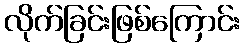
လိုက်ခြင်းဖြစ်ကြောင်း